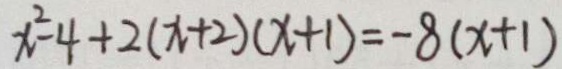
x ^ { 2 } - 4 + 2 ( x + 2 ) ( x + 1 ) = - 8 ( x + 1 )